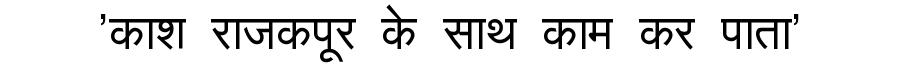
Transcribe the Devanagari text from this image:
'काश राजकपूर के साथ काम कर पाता'